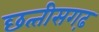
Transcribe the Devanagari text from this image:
छत्‍तीसगढ़़